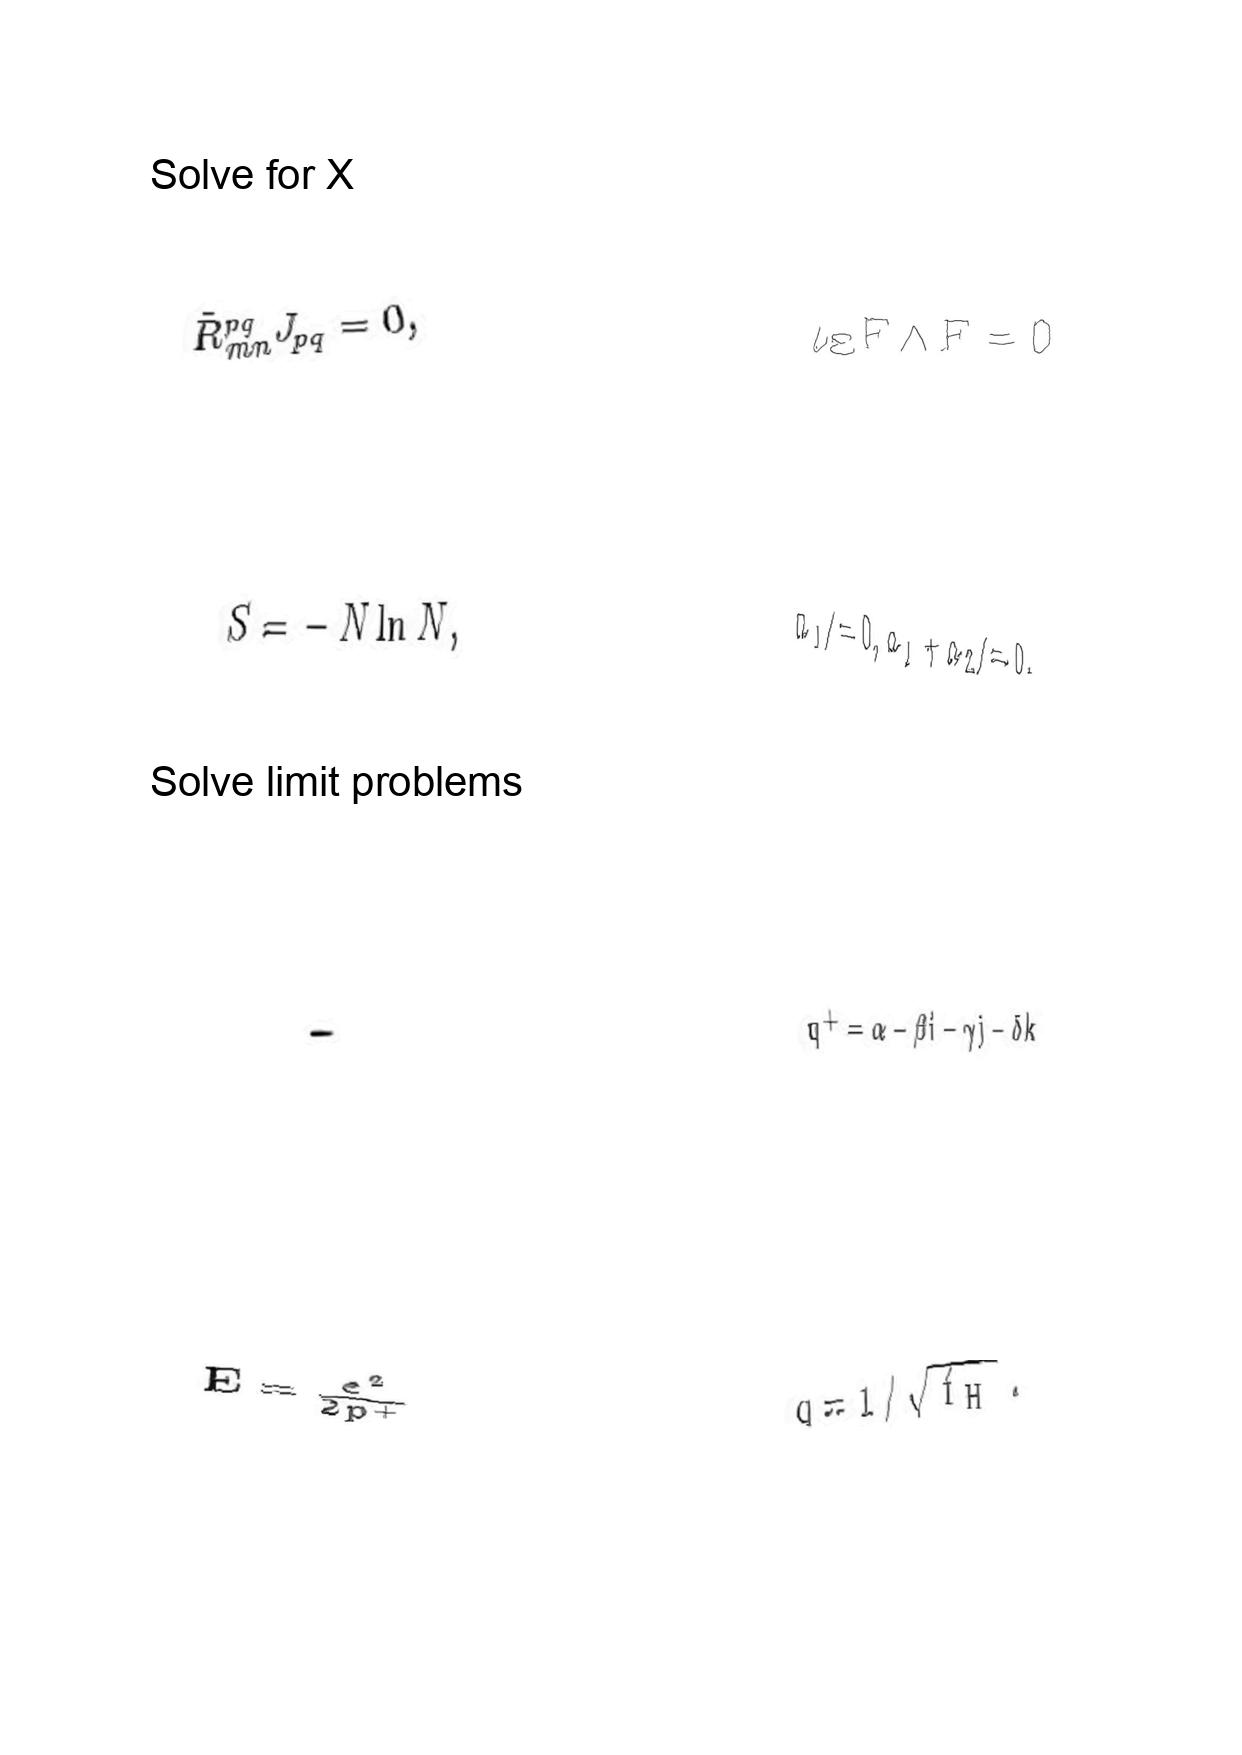
LaTeX transcription:
\tilde { R } _ { m n } ^ { p q } J _ { p q } = 0 ,
S = - N \ln N ,
.
E = \frac { e ^ { 2 } } { 2 p ^ { + } }
\iota _ { \Xi } F \wedge F = 0
a _ { 1 } \neq 0 , a _ { 1 } + a _ { 2 } \neq 0 ,
q ^ { + } = \alpha - \beta i - \gamma j - \delta k
q = 1 / \sqrt { f _ { H } } .